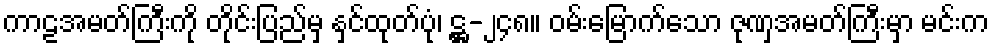
ကာဠအမတ်ကြီးကို တိုင်းပြည်မှ နှင်ထုတ်ပုံ၊ ဋ္ဌ-၂၄၈။ ဝမ်းမြောက်သော ဇုဏှအမတ်ကြီးမှာ မင်းက